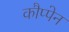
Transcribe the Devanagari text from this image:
कौप्पेन